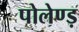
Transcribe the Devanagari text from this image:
पोलेण्ड़